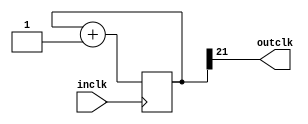
module clockDivider(inclk,outclk);
input inclk;
output outclk;
reg [21:0] counter=0;
always@(posedge inclk)begin
 counter = counter+1;
end
assign outclk= counter[21];
endmodule